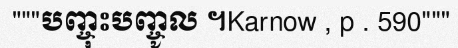
"""បញ្ចុះបញ្ចូល ។Karnow , p . 590"""